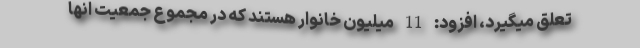
تعلق میگیرد، افزود: 11 میلیون خانوار هستند که در مجموع جمعیت انها